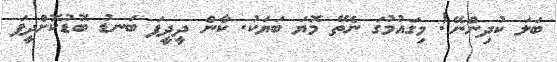
ބަލަ ކުދިންނޭ! މިގައުމުގަ ނެތޭ މޮޔަ ބަޔަކު. ކާން ދީދީފަ ބަނޑު ބޮޑުކޮށްދީފަ